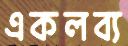
একলব্য